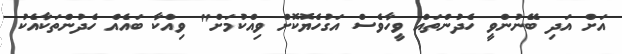
އަށް އަދި ބޭނުންވީ ހެދުންތައް ވީހާވެސް އަގުހެޔޮކޮށް ވިއްކުމަށް" ވިއްކާ ބައެއް ހެދުންތަކާއެކު